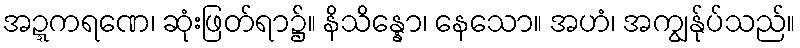
အဍ္ဍကရဏေ၊ ဆုံးဖြတ်ရာ၌။ နိသိန္နော၊ နေသော။ အဟံ၊ အကျွန်ုပ်သည်။